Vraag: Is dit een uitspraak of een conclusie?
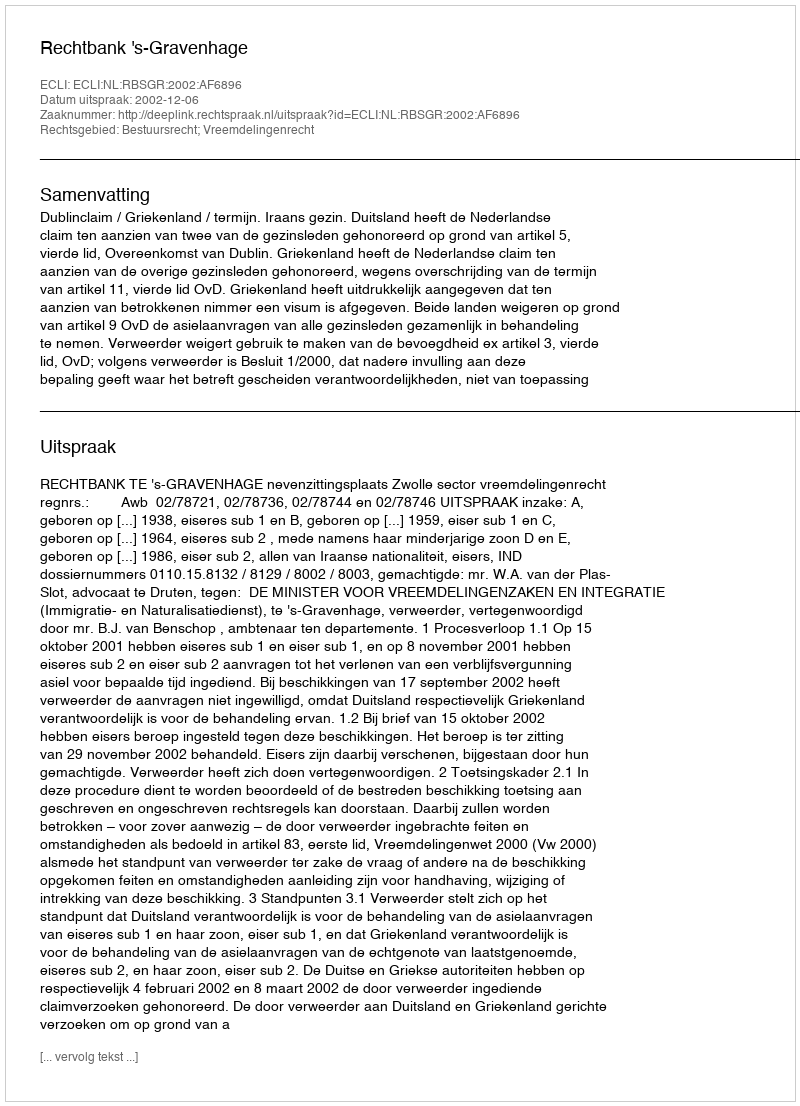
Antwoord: Uitspraak